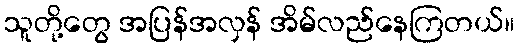
သူတို့တွေ အပြန်အလှန် အိမ်လည်နေကြတယ်။